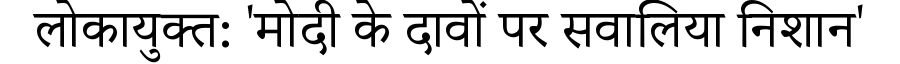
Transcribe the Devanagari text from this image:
लोकायुक्त: 'मोदी के दावों पर सवालिया निशान'